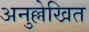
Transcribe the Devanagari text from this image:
अनुल्लेखित